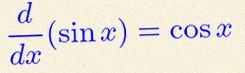
\frac{d}{dx}(\sin x)=\cos x